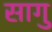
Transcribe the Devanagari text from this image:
सागु